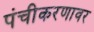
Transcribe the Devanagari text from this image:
पंचीकरणावर